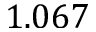
1 . 0 6 7